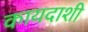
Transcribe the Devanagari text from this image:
कायदाशी